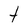
Character: t